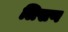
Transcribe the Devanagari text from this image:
लिखण